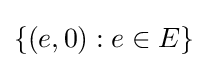
\{(e,0):e\in E\}